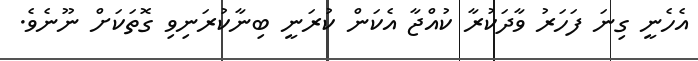
އެހެނީ ގިނަ ފަހަރު ވާދަކުރާ ކުއްޖާ އެކަން ކުރަނީ ބިނާކުރަނިވި ގޮތަކަށް ނޫނެވެ.